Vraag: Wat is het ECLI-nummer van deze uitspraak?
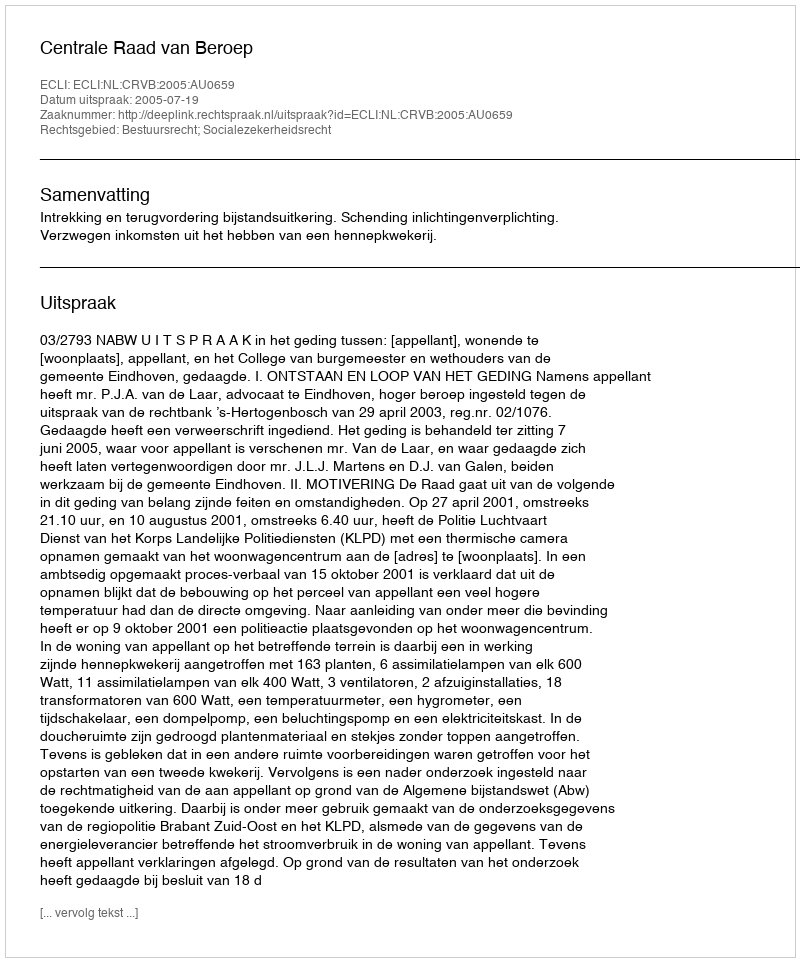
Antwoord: ECLI:NL:CRVB:2005:AU0659